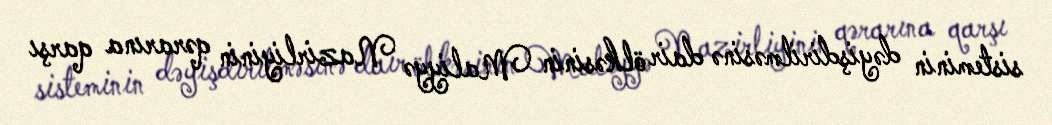
sisteminin dəyişdirilməsinə dair ölkəsinin Maliyyə Nazirliyinin qərarına qarşı